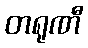
တရုဏီ